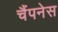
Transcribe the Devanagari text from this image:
चैंपनेस